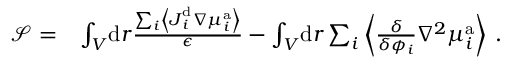
\begin{array} { r l } { \mathcal { S } = } & { \int _ { V } \! \mathrm { d } \boldsymbol { r } \frac { \sum _ { i } \left\langle \boldsymbol { J } _ { i } ^ { \mathrm { d } } \nabla { \mu } _ { i } ^ { \mathrm { a } } \right\rangle } { \epsilon } - \int _ { V } \! \mathrm { d } \boldsymbol { r } \sum _ { i } \left\langle \frac { \delta } { \delta { \phi _ { i } } } \nabla ^ { 2 } \mu _ { i } ^ { \mathrm { a } } \right\rangle \, . } \end{array}